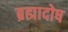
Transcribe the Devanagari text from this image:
ब्रह्मादोष